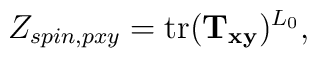
Z_{spin,pxy}= \mbox{tr} ({\bf T_{xy}})^{L_0} ,